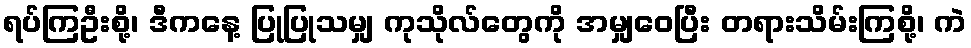
ရပ်ကြဦးစို့၊ ဒီကနေ့ ပြုပြုသမျှ ကုသိုလ်တွေကို အမျှဝေပြီး တရားသိမ်းကြစို့၊ ကဲ